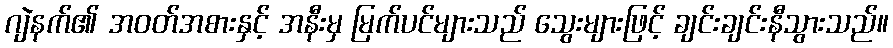
ဂျဲနက်၏ အဝတ်အစားနှင့် အနီးမှ မြက်ပင်များသည် သွေးများဖြင့် ချင်းချင်းနီသွားသည်။